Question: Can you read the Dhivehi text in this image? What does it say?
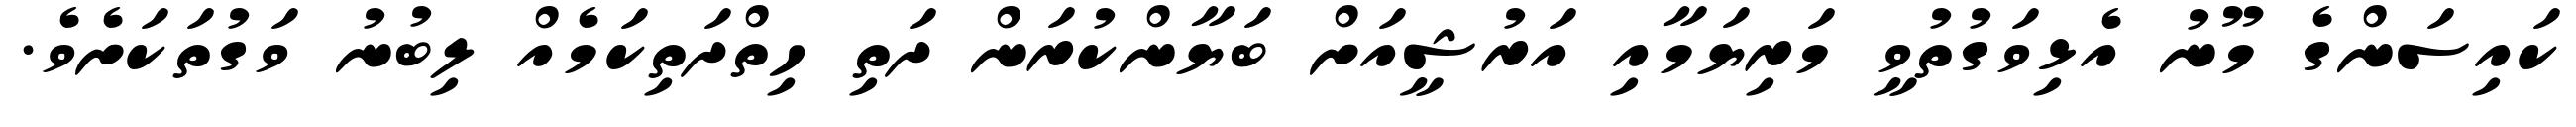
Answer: ކައިސަންގެ މޫނު އެޅިވަގުތުވީ މަރިޔަމާއި އަރުޝީއަށް ބަޔާންކުރަން ދަތި ހިތްދަތިކަމެއް ލިބުނު ވަގުތަކަށެވެ.